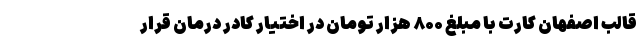
قالب اصفهان کارت با مبلغ ۸۰۰ هزار تومان در اختیار کادر درمان قرار